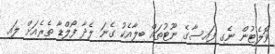
ވޮލެޓުން ނެގި ފައިސާގެ ނޫޓުތައް ބިލާއެކު ގެނަ ލެދާ ފޯލްޑާ ތެރެއަށް ލައި